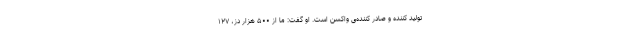
تولید کننده و صادر کننده‌ی واکسن است. او گفت: ما از ۵۰۰ هزار دز، ۱۲۷